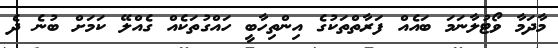
މާދަމާ ވޯޓުލާނަމަ ބައެއް ފަރާތްތަކުގެ އިންތިހާބީ ހައްގުތަކެއް ގެއްލޭ ކަމަށް ބުނެ ދެ